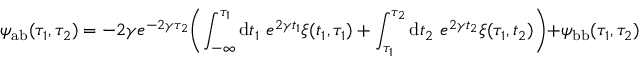
\psi _ { \mathrm { a b } } ( \tau _ { 1 } , \tau _ { 2 } ) = - 2 \gamma e ^ { - 2 \gamma \tau _ { 2 } } \Biggl ( \int _ { - \infty } ^ { \tau _ { 1 } } \mathrm { d } t _ { 1 } ~ e ^ { 2 \gamma t _ { 1 } } \xi ( t _ { 1 } , \tau _ { 1 } ) + \int _ { \tau _ { 1 } } ^ { \tau _ { 2 } } \mathrm { d } t _ { 2 } ~ e ^ { 2 \gamma t _ { 2 } } \xi ( \tau _ { 1 } , t _ { 2 } ) \Biggl ) + \psi _ { \mathrm { b b } } ( \tau _ { 1 } , \tau _ { 2 } )